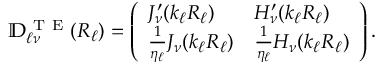
\mathbb { D } _ { \ell \nu } ^ { \mathrm { ~ T ~ E ~ } } ( R _ { \ell } ) = \left( \begin{array} { l l } { J _ { \nu } ^ { \prime } ( k _ { \ell } R _ { \ell } ) } & { H _ { \nu } ^ { \prime } ( k _ { \ell } R _ { \ell } ) } \\ { \frac { 1 } { \eta _ { \ell } } J _ { \nu } ( k _ { \ell } R _ { \ell } ) } & { \frac { 1 } { \eta _ { \ell } } H _ { \nu } ( k _ { \ell } R _ { \ell } ) } \end{array} \right) .